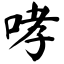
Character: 哮